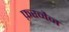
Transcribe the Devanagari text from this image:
फ़रनैन